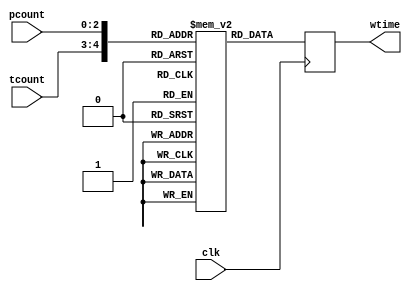
module ROM (clk , tcount , pcount , wtime );	 

parameter n = 3 ;

output reg [n+1:0]wtime;  
/*max value of wtime from eqn in case of 3-bits counter is 21 (can be hold in 5bit reg of max value 31)
and the size of the rom is also 5-bits
*/
input wire [n-1:0] pcount ; // n-bits vector
input wire [1:0] tcount ; // two bits vector
input wire clk ; 
wire [n+1:0] address ;  //(n+2) bits vector, n for pcount and 2 for tcount  
assign address[n+1:0] = { tcount[1:0] ,pcount[n-1:0] } ; //concatenating tcount(MSBs) and pcount(LSBs) to serve as address to the ROM
reg [n+1:0]rom [0:(2**(n+2))-1] ; // the max value of WTIME is found to be hold in (n+2) bits register no. of adresses is{ 2^(n+2) -1} 

//wtime==> waiting time 

always @(posedge clk) // refreshing the value of wtime every clk cycle according to the current values of counter and tellers.
begin
wtime <= rom[address] ;
end


integer i , p ,t ;
initial begin


for (i=0 ; i< (2**(n+2));i=i+1)
    begin  p = i&((2**n)-1);
           t=i>>n ;
         if (t == 0) rom[i]=0;
         else rom[i] = 3*(p + t -1)/(t);
    
    end
end //end of init
endmodule 



/***********************************************************************************************/
module rom_tb ();

parameter n =3 ;
 wire [4:0] wtime;  
reg[4:0]i ; 
reg [n-1:0] pcount ;
reg [1:0] tcount ;
reg clk ;
initial 
begin
i =5'b0 ;
clk =0 ;
$monitor ("%b %b  .. wtime= %d", tcount,pcount,wtime);

end

always
    begin 
#4
	 pcount<= i&3'b111;
         tcount<= i>>n ;
i<=i+1 ;
      //  if (tcount == 0) continue;
        
    end

always 
begin 
#2 clk = ~clk ;
end


ROM rm (clk , tcount , pcount ,  wtime  );	
endmodule